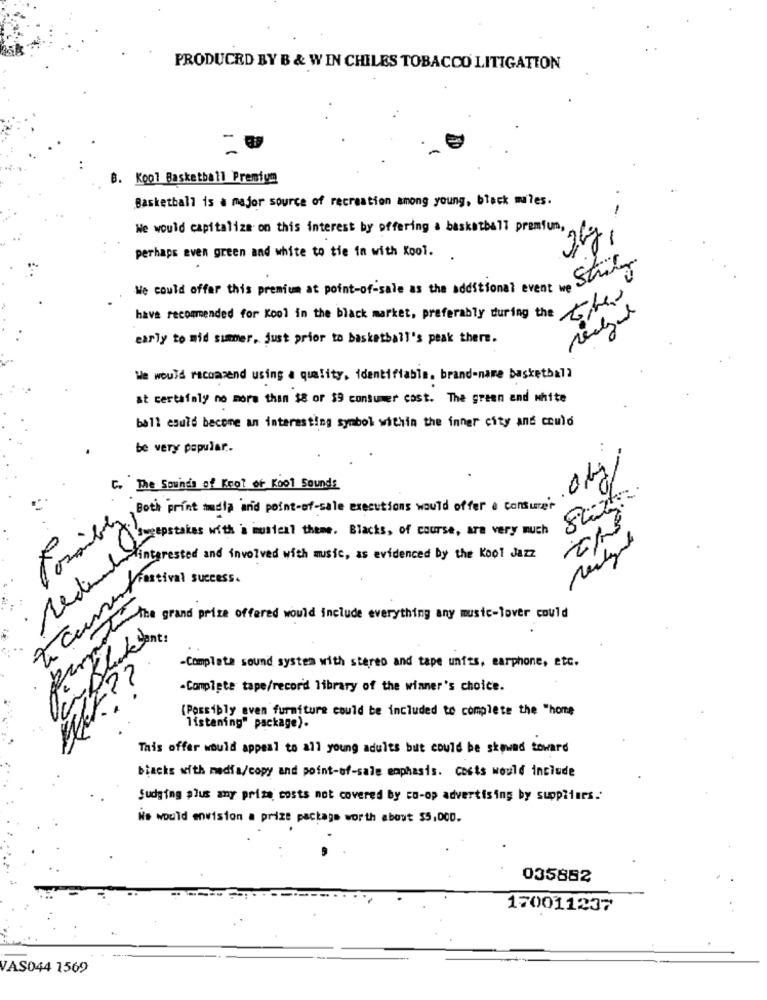
PRODUCED BY B & WIN CHILES TOBACCO LITIGATION
B. Kool Basketball Premium
Basketball is à major source of recreation among young, black males.
-
We would capitalize on this interest by offering a basketball premium,
2kg,
perhaps even green and white to tie in with Kool.
We could offer this premium at point-of-sale as the additional event String
have recommended for Kool in the black market, preferably during the the
early to mid summer, just prior to basketball's peak there.
We would recommend using a quality, identifiable. brand-name basketball
at certafoly no more than $8 or $9 consumer cost. The green and white
ball esuis become an interesting symbol within the inner city and could
be very popular ..
0kg
C. The Sounds of Kool of Kool Sounds
Both print mmdla and point-of-sale executions would offer e consurer
To del interessanti mustest theme place of course, are very
interested and involved with music, as evidenced by the Kool Jazz
Vrestival success.
re
There's I tantiPr offered would include everything any music-lover
-Completa sound system with stereo and tape units, earphone, etc.
w? ?
-Complete tape/recor'd library of the winner's choice.
(Possibly even furniture could be included to complete the "home
listening" package).
This offer would appeal to all young adults but could be skewed toward
blacks with media/copy and point-of-sale emphasis. Costs would include
Sudging plus any prize costs not covered by co-op advertising by suppliers ..
No would envision a prize package worth about $5,000.
035852
170011237
VAS044 1569